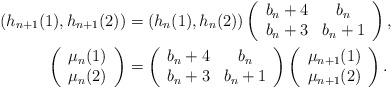
LaTeX: \begin{align*}\left(h_{n+1}(1), h_{n+1}(2)\right) & =\left(h_{n}(1),h_{n}(2)\right)\left(\begin{array}{cc}b_n+4 & b_n\\b_n+3 & b_n+1\end{array}\right), \\\left(\begin{array}{c}\mu_{n}(1) \\ \mu_{n}(2)\end{array}\right) & =\left(\begin{array}{cc}b_n+4 & b_n\\b_n + 3& b_n + 1\end{array}\right)\left(\begin{array}{c}\mu_{n+1}(1) \\ \mu_{n+1}(2)\end{array}\right). \end{align*}